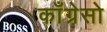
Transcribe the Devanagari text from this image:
काँग्रेसो